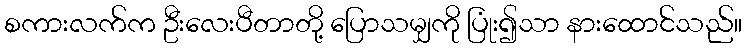
စကားလက်က ဦးလေးပီတာတို့ ပြောသမျှကို ပြုံး၍သာ နားထောင်သည်။